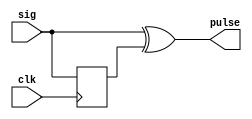
module edgedetector(sig,clk,pulse);

	input sig,clk;
	output pulse;
	reg delay;
	
always @ (posedge clk)
begin
	delay <= sig;
end
	assign pulse = sig ^ delay;

endmodule